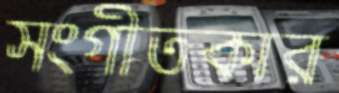
সংগীতকার